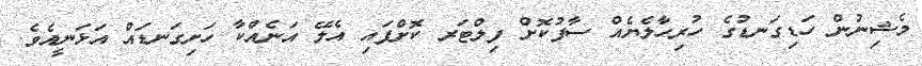
މެޝިނުން ހަޑިގަނޑުގެ ހުރިހާލެޔެއް ސާފުކޮށް ފިލްޓަރ ކޮށްފައި އެލޭ އަނެއްކާ ހަށިގަނޑައް އަޅަނީއެވެ.